Indian Civil Veterinary Department memoirs
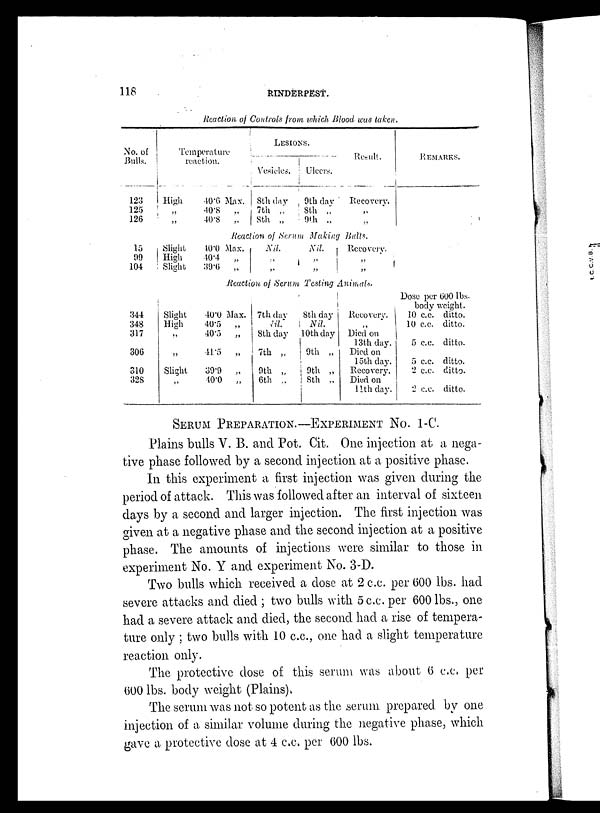
118
RINDERPEST.
Reaction of Controls from which Blood was taken.
No. of
Bulls.
123
125
126
Temperature
reaction.
High
„
„
40.6 Max.
40.8
„
40.8
„
LESIONS.
Vesicles.
8th day
7th „
8th „
Ulcers.
9th day
8th „
9th „
Result.
Recovery.
„
„
REMARKS.
Reaction of Serum Making Bulls.
15
99
104
344
348
317
306
310
32S
Slight
High
Slight
Slight
High
„
„
Slight
„
40.0 Max.
40.4
„
39.6
„
Nil,
„
„
Nil.
„
„
Recovery.
„
„
Reaction of Strum Testing Animals.
40.0 Max.
40.5
„
40.5
„
44.5
„
39.9
„
40.0
„
7th day
Nil.
8th day
7th „
9th „
6th „
8th day
i Nil.
10th day
9th „
9th „
8th „
Recovery.
„
Died on
13th day.
Died on
15th day.
Recovery.
Died on
11th day.
Dose per 600 lbs-
body weight.
10 c.c. ditto.
10 c.c. ditto.
5 c.c. ditto.
5 c.c. ditto.
2 c.c. ditto.
2 c.c. ditto.
SERUM PREPARATION.–EXPERIMENT NO. 1-C.
Plains bulls V. B. and Pot. Cit. One injection at a nega-
tive phase followed by a second injection at a positive phase.
In this experiment a first injection was given during the
period of attack. This was followed after an interval of sixteen.
days by a second and larger injection. The first injection was
given at a negative phase and the second injection at a positive
phase. The amounts of injections were similar to those in
experiment No. Y and experiment No. 3-D.
Two bulls which received a dose at 2 c.c. per 600 lbs. had
severe attacks and died ; two bulls with 5c.c. per 600 lbs., one
had a severe attack and died, the second had a rise of tempera-
ture only ; two bulls with 10 c.c., one had a slight temperature
reaction only.
The protective dose of this serum was about 6 c.c., per
600 lbs. body weight (Plains).
The serum was not so potent as the serum prepared by one
injection of a similar volume during the negative phase, which
gave a protective dose at 4 c.c. per 600 lbs.